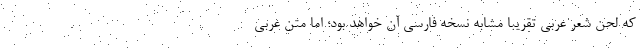
که لحن شعر عربی تقریبا مشابه نسخه فارسی آن خواهد بود؛ اما متن عربی